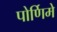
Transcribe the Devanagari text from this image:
पोर्णिमे